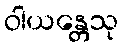
ဝါယန္တေသု